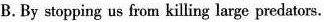
B.By stopping us from killing large produtors .